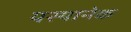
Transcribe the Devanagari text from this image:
यस्यानेक